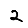
Digit: 2